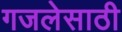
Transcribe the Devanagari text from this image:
गजलेसाठी